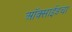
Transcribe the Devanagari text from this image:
ऑक्साईडचा